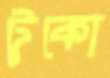
টুকো